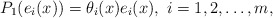
\begin{align*}P_1(e_i(x))=\theta_i(x)e_i(x), \ i=1,2,\ldots,m,\end{align*}